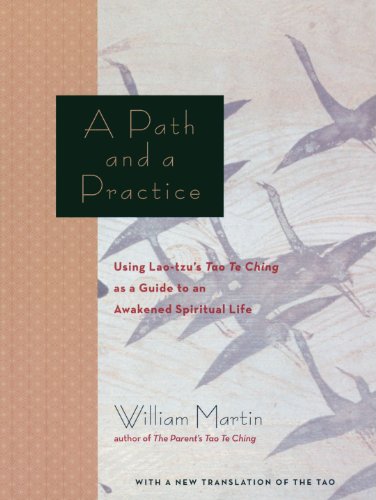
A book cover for A Path and a Practice: Using Lao Tzu's Tao Te Ching as a Guide to an Awakened Spiritual Life; William Martin; Religion & Spirituality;